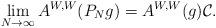
LaTeX: \begin{align*}\lim_{N\to\infty} A^{W,W}(P_Ng) = A^{W,W}(g) \mathcal C.\end{align*}